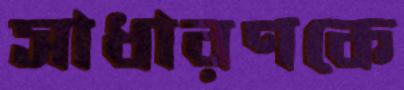
সাধারণকে